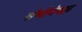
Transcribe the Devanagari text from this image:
संभोगेच्छा